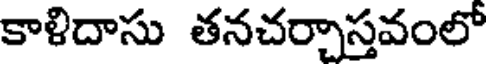
కాళిదాసు తనచర్చాస్తవంలో